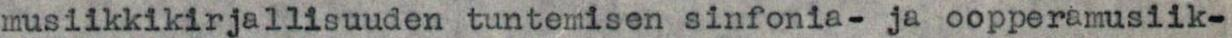
musiikkikirjallisuuden tuntemisen sinfonia- ja oopperamusiik-